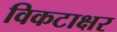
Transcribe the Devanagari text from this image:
विकटाक्षर